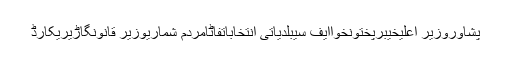
پشاوروزیر اعلیٰخیبرپختونخواایف سیبلدیاتی انتخاباتفاٹامردم شماریوزیر قانونگاڑیریکارڈ